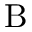
\mathrm { B }